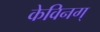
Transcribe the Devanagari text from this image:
केविनग्